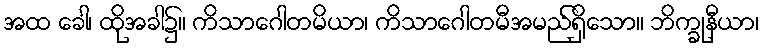
အထ ခေါ၊ ထိုအခါ၌။ ကိသာဂေါတမိယာ၊ ကိသာဂေါတမီအမည်ရှိသော။ ဘိက္ခုနီယာ၊